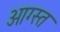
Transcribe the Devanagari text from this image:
आग्स्त